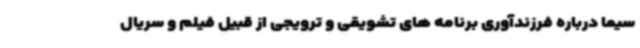
سیما درباره فرزندآوری برنامه های تشویقی و ترویجی از قبیل فیلم و سریال